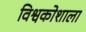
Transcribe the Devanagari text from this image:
विश्वकोशाला